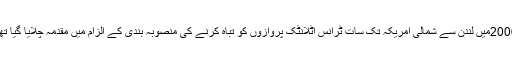
2006میں لندن سے شمالی امریکہ تک سات ٹرانس اٹلانٹک پروازوں کو تباہ کرنے کی منصوبہ بندی کے الزام میں مقدمہ چلایا گیا تھا۔